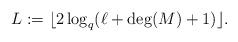
LaTeX: \begin{align*}L:=\lfloor 2\log_q (\ell+\deg(M)+1) \rfloor.\end{align*}